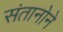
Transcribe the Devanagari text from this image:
संतानोने